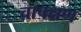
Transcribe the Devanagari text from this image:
चापक्षण